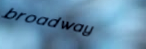
broadway